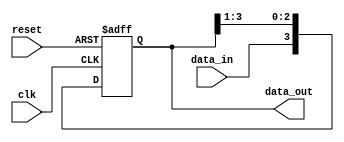
module SIPO_shift_register (
    input clk,
    input reset,
    input data_in,
    output reg [3:0] data_out
);

reg [3:0] register;

always @(posedge clk or posedge reset) begin
    if (reset) begin
        register <= 4'b0000;
    end else begin
        register <= {data_in, register[3:1]};
    end
end

assign data_out = register;

endmodule